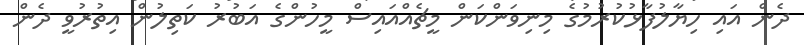
ދެން އައި ހިޔާލުފާޅުކުރުމުގެ މިނިވަންކަން މީޗެއްއައިސް މީހުންގެ އަބުރު ކަތިލުން އިތުރުވީ ދެން